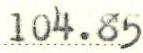
104.85